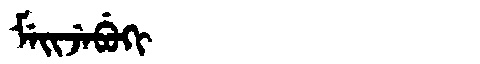
Manchu: ᠮᡝᡳᠵᡝᠪᡠᡴᡳ
Romanization: MEIJEBUKI